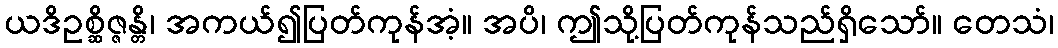
ယဒိဥစ္ဆိဇ္ဇန္တိ၊ အကယ်၍ပြတ်ကုန်အံ့။ အပိ၊ ဤသို့ပြတ်ကုန်သည်ရှိသော်။ တေသံ၊